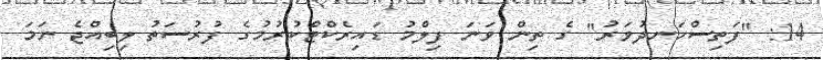
14: "ފަތިސްހަނދުވަރު" ގެ ތިން ވަނަ ފިލްމު ޑައިރެކްޓްކުރުމުގެ ފުރުސަތު ލިބިއްޖެ ނަމަ